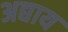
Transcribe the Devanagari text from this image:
अद्याय